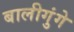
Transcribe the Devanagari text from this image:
बालीगुंगे